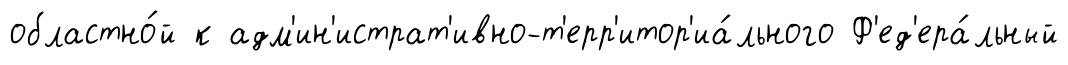
областно́й к адм'ин'истрат'ивно-т'ерр'итор'иа́льного Ф'ед'ера́льный